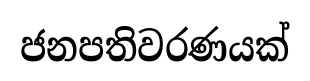
ජනපතිවරණයක්